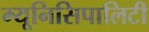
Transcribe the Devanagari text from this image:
म्यूनिसिपालिटी